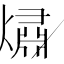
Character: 熽